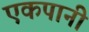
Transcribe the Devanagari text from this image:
एकपानी